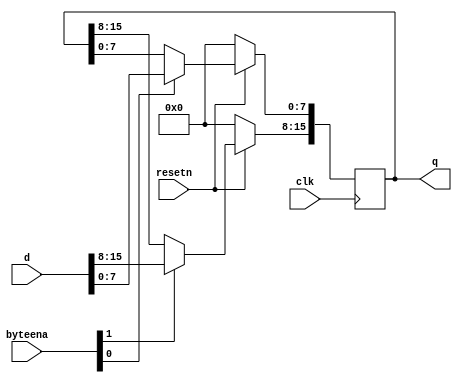
module top_module (
    input clk,
    input resetn,
    input [1:0] byteena,
    input [15:0] d,
    output [15:0] q
    );

    always@(posedge clk)begin
        if(~resetn)
	    q <= 16'h0000;
        else begin
            if(byteena[1])
                q[15:8] <= d[15:8];
	    if(byteena[0])
		q[7:0]  <= d[7:0];
	end
    end

endmodule